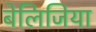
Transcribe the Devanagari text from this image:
बेलिजिया